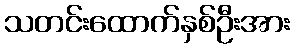
သတင်းထောက်နှစ်ဦးအား